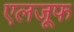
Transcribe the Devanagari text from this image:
एलजूफ